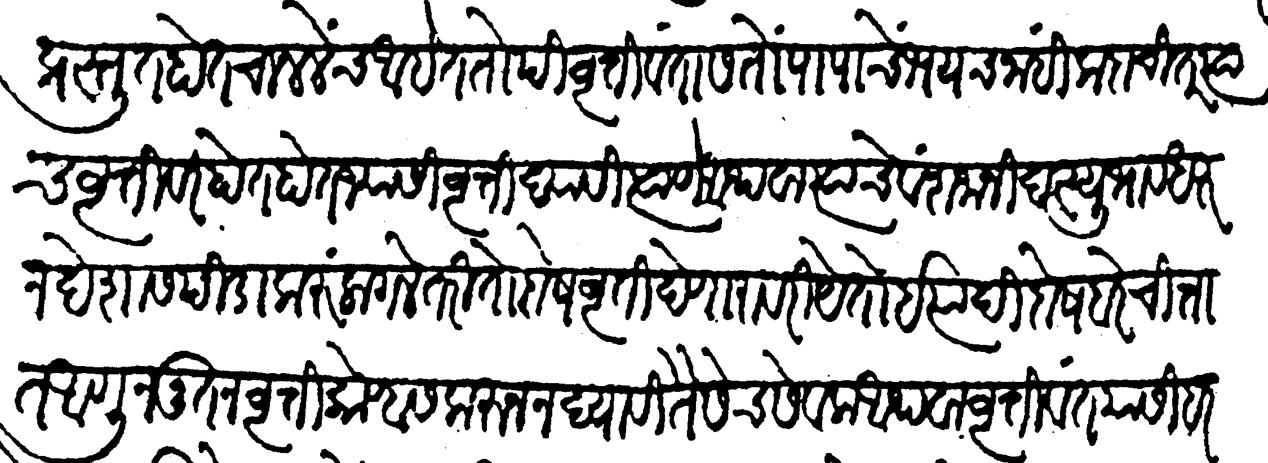
Transliteration (Devanagari): प्रस्तुत होत चाललेंच आहे ततोपी वृत्तिवंतास तों पापाचें भयच नींही कदाचित् त्याच वृत्तीवर होत होत ज्यासी वृत्ति द्यावी त्याणे अथवा त्याचे वंशजांनी दस्युभाव धरून देशास पीडा करूं लागले तरी तो दोष वृत्ति देणारावरी येतो इत्यादि दोष बरे चित्तात आणून नूतन वृत्ति कोण्हास करून न द्यावी तैसेच सेवक आथवा वृत्तिवंत यांसी हर